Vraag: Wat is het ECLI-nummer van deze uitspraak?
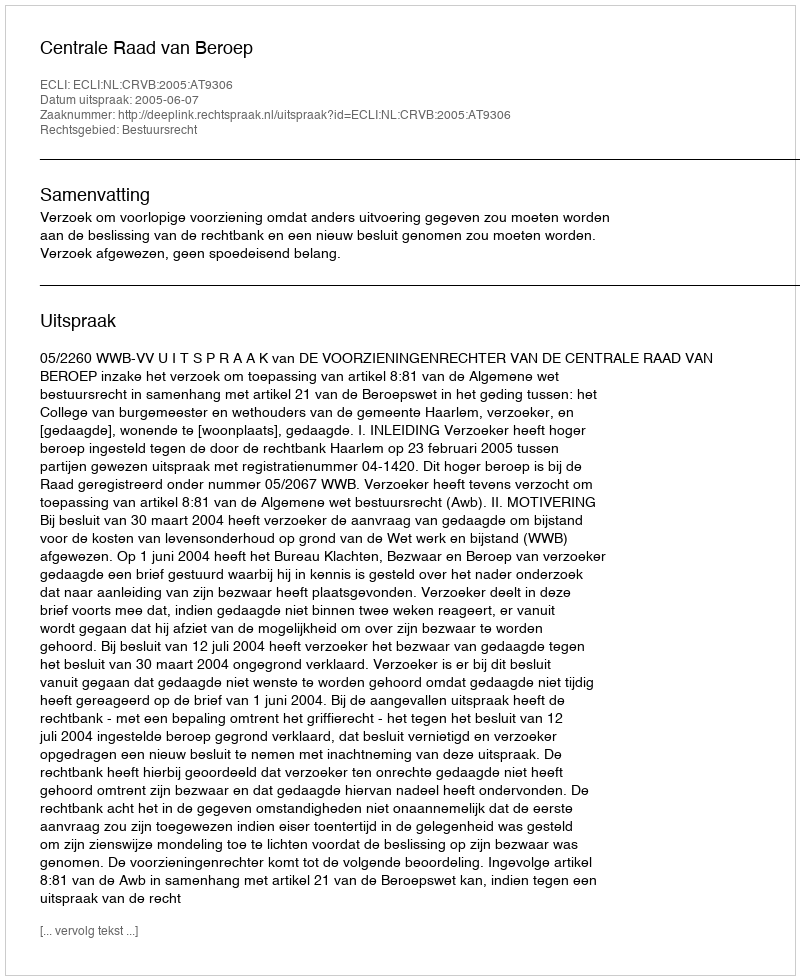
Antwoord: ECLI:NL:CRVB:2005:AT9306